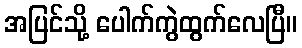
အပြင်သို့ ပေါက်ကွဲထွက်လေပြီ။